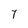
Character: 7